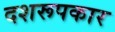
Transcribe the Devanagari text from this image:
दशरूपकार